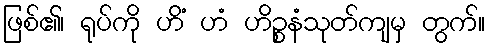
ဖြစ်၏၊ ရုပ်ကို ဟိံ ဟံ ဟိဉ္စနံသုတ်ကျမှ တွက်။